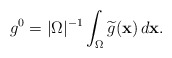
\begin{align*}g^0=\vert \Omega \vert ^{-1}\int _\Omega \widetilde{g}(\mathbf{x})\,d\mathbf{x}.\end{align*}